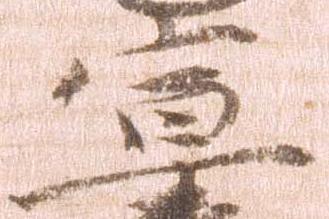
宣